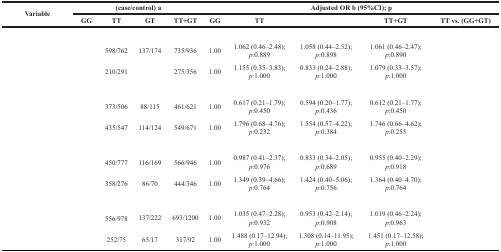
<table><thead><tr><td rowspan="2"><b>Variable</b></td><td colspan="4"><b>(case/control) a</b></td><td colspan="5"><b>Adjusted OR b (95%CI); p</b></td></tr><tr><td><b>GG</b></td><td><b>TT</b></td><td><b>GT</b></td><td><b>TT+GT</b></td><td><b>GG</b></td><td><b>TT</b></td><td>[EMPTY_CELL]</td><td><b>TT+GT</b></td><td><b>TT vs. (GG+GT)</b></td></tr></thead><tbody><tr><td>[EMPTY_CELL]</td><td>[EMPTY_CELL]</td><td>[EMPTY_CELL]</td><td>[EMPTY_CELL]</td><td>[EMPTY_CELL]</td><td>[EMPTY_CELL]</td><td>[EMPTY_CELL]</td><td>[EMPTY_CELL]</td><td>[EMPTY_CELL]</td><td>[EMPTY_CELL]</td></tr><tr><td>[EMPTY_CELL]</td><td>[EMPTY_CELL]</td><td>598/762</td><td>137/174</td><td>735/936</td><td>1.00</td><td>1.062 (0.46–2.48); <i>p</i>:0.889</td><td>1.058 (0.44–2.52); <i>p</i>:0.898</td><td>1.061 (0.46–2.47); <i>p</i>:0.890</td><td>[EMPTY_CELL]</td></tr><tr><td>[EMPTY_CELL]</td><td>[EMPTY_CELL]</td><td>210/291</td><td>[EMPTY_CELL]</td><td>275/356</td><td>1.00</td><td>1.155 (0.35–3.83); <i>p</i>:1.000</td><td>0.833 (0.24–2.88); <i>p</i>:1.000</td><td>1.079 (0.33–3.57); <i>p</i>:1.000</td><td>[EMPTY_CELL]</td></tr><tr><td>[EMPTY_CELL]</td><td>[EMPTY_CELL]</td><td>[EMPTY_CELL]</td><td>[EMPTY_CELL]</td><td>[EMPTY_CELL]</td><td>[EMPTY_CELL]</td><td>[EMPTY_CELL]</td><td>[EMPTY_CELL]</td><td>[EMPTY_CELL]</td><td>[EMPTY_CELL]</td></tr><tr><td>[EMPTY_CELL]</td><td>[EMPTY_CELL]</td><td>373/506</td><td>88/115</td><td>461/621</td><td>1.00</td><td>0.617 (0.21–1.79); <i>p</i>:0.450</td><td>0.594 (0.20–1.77); <i>p</i>:0.436</td><td>0.612 (0.21–1.77); <i>p</i>:0.450</td><td>[EMPTY_CELL]</td></tr><tr><td>[EMPTY_CELL]</td><td>[EMPTY_CELL]</td><td>435/547</td><td>114/124</td><td>549/671</td><td>1.00</td><td>1.796 (0.68–4.76); <i>p</i>:0.232</td><td>1.554 (0.57–4.22); <i>p</i>:0.384</td><td>1.746 (0.66–4.62); <i>p</i>:0.255</td><td>[EMPTY_CELL]</td></tr><tr><td>[EMPTY_CELL]</td><td>[EMPTY_CELL]</td><td>[EMPTY_CELL]</td><td>[EMPTY_CELL]</td><td>[EMPTY_CELL]</td><td>[EMPTY_CELL]</td><td>[EMPTY_CELL]</td><td>[EMPTY_CELL]</td><td>[EMPTY_CELL]</td><td>[EMPTY_CELL]</td></tr><tr><td>[EMPTY_CELL]</td><td>[EMPTY_CELL]</td><td>450/777</td><td>116/169</td><td>566/946</td><td>1.00</td><td>0.987 (0.41–2.37); <i>p</i>:0.976</td><td>0.833 (0.34–2.05); <i>p</i>:0.689</td><td>0.955 (0.40–2.29); <i>p</i>:0.918</td><td>[EMPTY_CELL]</td></tr><tr><td>[EMPTY_CELL]</td><td>[EMPTY_CELL]</td><td>358/276</td><td>86/70</td><td>444/346</td><td>1.00</td><td>1.349 (0.39–4.66); <i>p</i>:0.764</td><td>1.424 (0.40–5.06); <i>p</i>:0.756</td><td>1.364 (0.40–4.70); <i>p</i>:0.764</td><td>[EMPTY_CELL]</td></tr><tr><td>[EMPTY_CELL]</td><td>[EMPTY_CELL]</td><td>[EMPTY_CELL]</td><td>[EMPTY_CELL]</td><td>[EMPTY_CELL]</td><td>[EMPTY_CELL]</td><td>[EMPTY_CELL]</td><td>[EMPTY_CELL]</td><td>[EMPTY_CELL]</td><td>[EMPTY_CELL]</td></tr><tr><td>[EMPTY_CELL]</td><td>[EMPTY_CELL]</td><td>556/978</td><td>137/222</td><td>693/1200</td><td>1.00</td><td>1.035 (0.47–2.28); <i>p</i>:0.932</td><td>0.953 (0.42–2.14); <i>p</i>:0.908</td><td>1.019 (0.46–2.24); <i>p</i>:0.963</td><td>[EMPTY_CELL]</td></tr><tr><td>[EMPTY_CELL]</td><td>[EMPTY_CELL]</td><td>252/75</td><td>65/17</td><td>317/92</td><td>1.00</td><td>1.488 (0.17–12.94); <i>p</i>:1.000</td><td>1.308 (0.14–11.95); <i>p</i>:1.000</td><td>1.451 (0.17–12.58); <i>p</i>:1.000</td><td>[EMPTY_CELL]</td></tr></tbody></table>